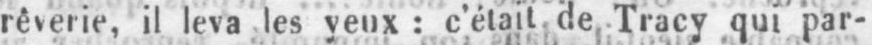
rêverie, il leva les yeux: c’était de Tracy qui par-